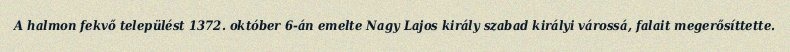
A halmon fekvő települést 1372. október 6-án emelte Nagy Lajos király szabad királyi várossá, falait megerősíttette.